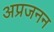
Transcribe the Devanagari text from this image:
अप्रजनन